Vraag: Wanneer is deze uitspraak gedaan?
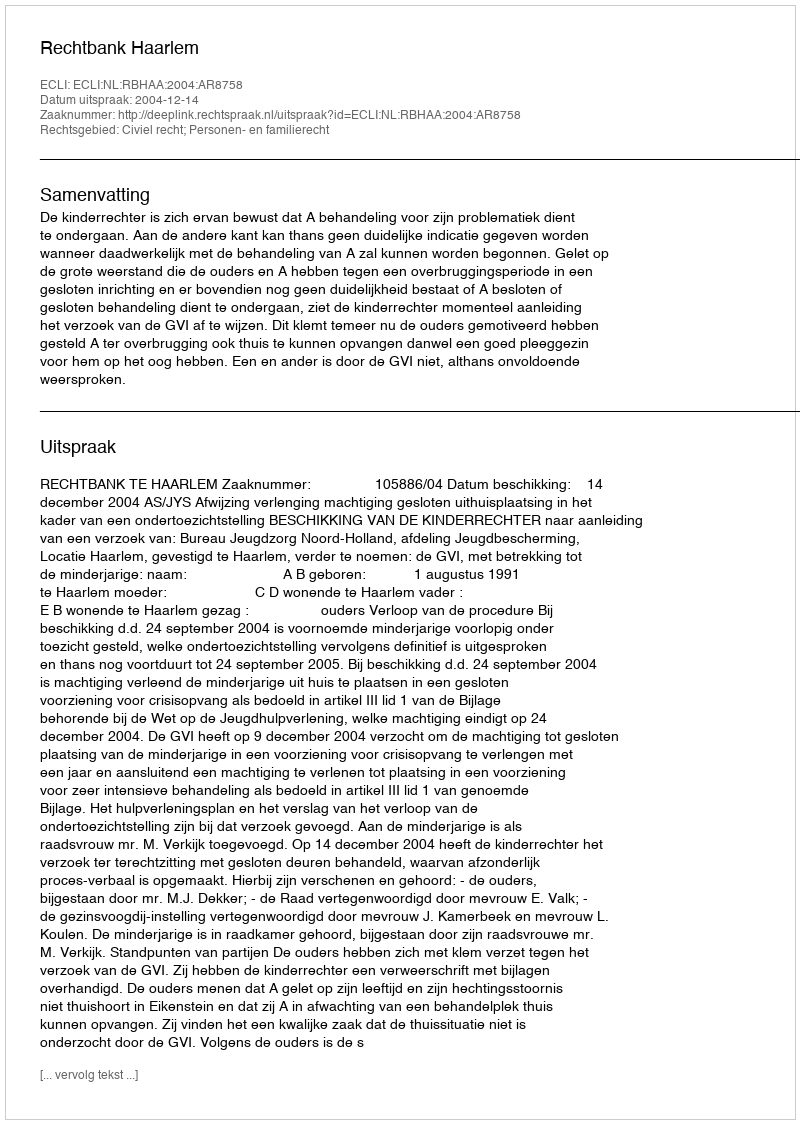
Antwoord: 2004-12-14